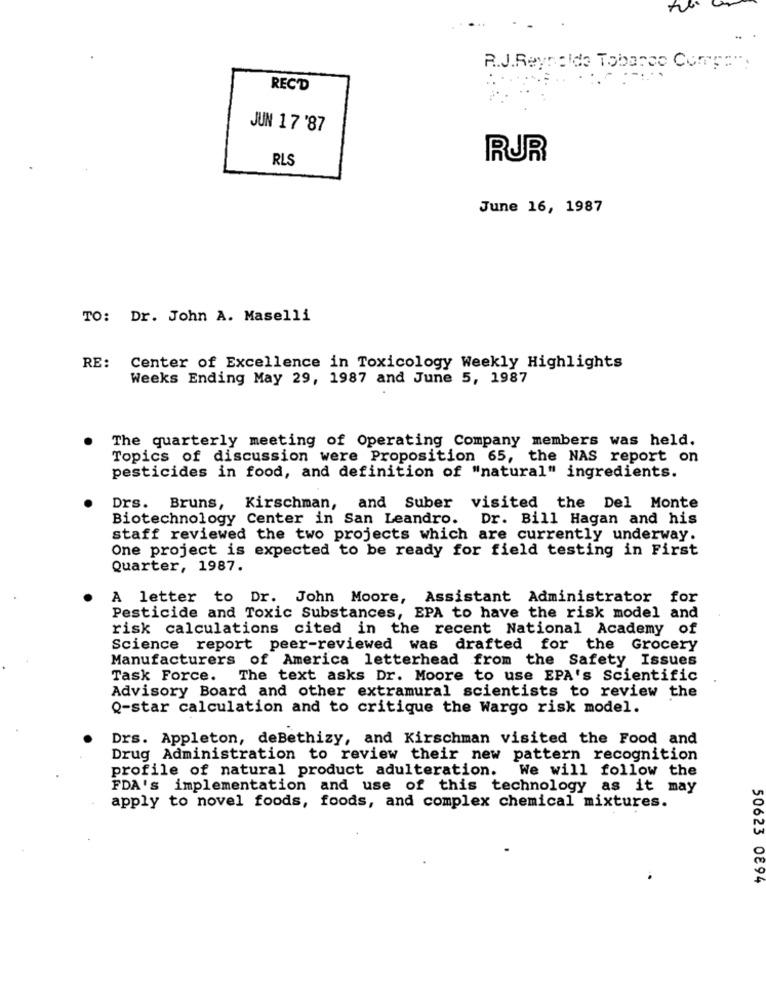
R.J.Reynolds Tobarco Compa",
RECD
JUN 17 '87
RLS
RUR
June 16, 1987
TO: Dr. John A. Maselli
RE:
Center of Excellence in Toxicology Weekly Highlights
Weeks Ending May 29, 1987 and June 5, 1987
The quarterly meeting of Operating Company members was held.
Topics of discussion were Proposition 65, the NAS report on
pesticides in food, and definition of "natural" ingredients.
Drs.
Bruns, Kirschman, and Suber visited the Del Monte
Biotechnology Center in San Leandro. Dr. Bill Hagan and his
staff reviewed the two projects which are currently underway.
One project is expected to be ready for field testing in First
Quarter, 1987.
A letter to Dr. John Moore, Assistant Administrator for
Pesticide and Toxic Substances, EPA to have the risk model and
risk calculations cited in the recent National Academy of
Science report peer-reviewed was drafted for the Grocery
Manufacturers of America letterhead from the Safety Issues
Task Force. The text asks Dr. Moore to use EPA's Scientific
Advisory Board and other extramural scientists to review the
Q-star calculation and to critique the Wargo risk model.
Drs. Appleton, deBethizy, and Kirschman visited the Food and
Drug Administration to review their new pattern recognition
profile of natural product adulteration. We will follow the
FDA's implementation and use of this technology as it may
apply to novel foods, foods, and complex chemical mixtures.
50623 0894